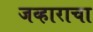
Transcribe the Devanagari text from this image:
जव्हाराचा